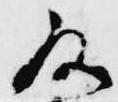
殿